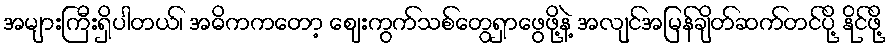
အများကြီးရှိပါတယ်၊ အဓိကကတော့ ဈေးကွက်သစ်တွေရှာဖွေဖို့နဲ့ အလျင်အမြန်ချိတ်ဆက်တင်ပို့ နိုင်ဖို့